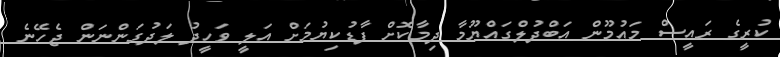
ކުރީގެ ރައީސް މައުމޫން އަބްދުލްގައްޔޫމާ ދިމާކޮށް ފާޑުކިޔުމަށް އަލީ ވަހީދު ލަދުގަންނަން ޖެހޭނެ